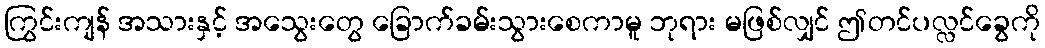
ကြွင်းကျန် အသားနှင့် အသွေးတွေ ခြောက်ခမ်းသွားစေကာမူ ဘုရား မဖြစ်လျှင် ဤတင်ပလ္လင်ခွေကို